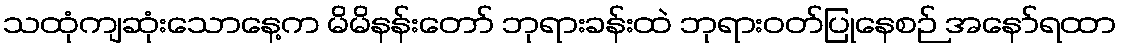
သထုံကျဆုံးသောနေ့က မိမိနန်းတော် ဘုရားခန်းထဲ ဘုရားဝတ်ပြုနေစဉ် အနော်ရထာ